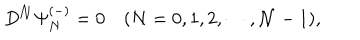
D ^ { \cal N } \Psi _ { N } ^ { ( - ) } = 0 \quad ( N = 0 , 1 , 2 , \cdots , { \cal N } - 1 ) ,